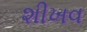
શીખવ